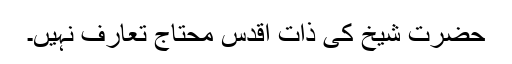
حضرت شیخ کی ذات اقدس محتاجِ تعارف نہیں۔